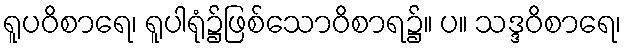
ရူပဝိစာရေ၊ ရူပါရုံ၌ဖြစ်သောဝိစာရ၌။ ပ။ သဒ္ဒဝိစာရေ၊